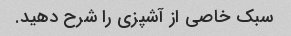
سبک خاصی از آشپزی را شرح دهید.